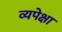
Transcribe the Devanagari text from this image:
व्यपेक्षा